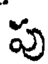
పు